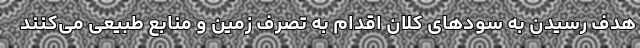
هدف رسیدن به سود‌های کلان اقدام به تصرف زمین و منابع طبیعی می‌کنند